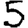
Digit: 5